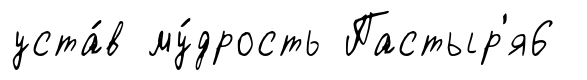
уста́в му́дрость Пастыр'я6